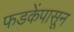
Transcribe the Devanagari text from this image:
फडकेंपासून